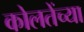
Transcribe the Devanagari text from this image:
कोलतेंच्या